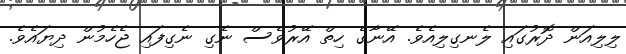
ލިލިއަން ދޮރުގައި ލެނގިލިއެވެ. އޭނާގެ ހިތް އޭރުވެސް ނެގި ނެގިފައި ޖެހެމުން ދިޔައެވެ.